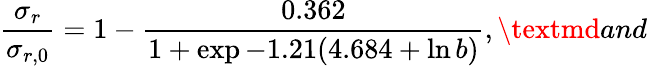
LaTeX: \frac{\sigma_{r}}{\sigma_{r,0}}=1-\frac{0.362}{1+\exp{-1.21(4.684+\ln b)}},{\textmd{and}}